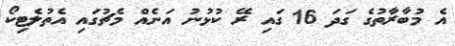
އެ މުބާރާތުގެ ގަދަ 16 ގައި ރޭ ކުޅުުނު އަނެއް މެޗުގައި އެތުލެޓިކޯ